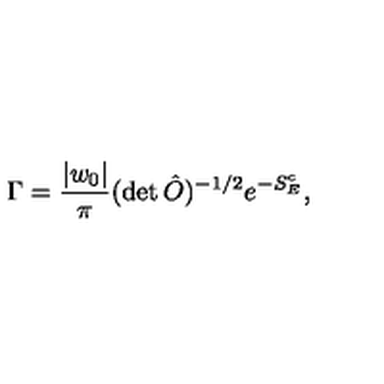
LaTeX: \Gamma = { \frac { | w _ { 0 } | } { \pi } } ( \det \hat { O } ) ^ { - 1 / 2 } e ^ { - S _ { E } ^ { c } } ,